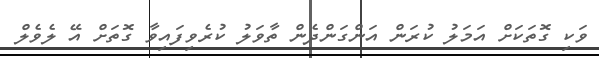
ވަކި ގޮތަކަށް އަމަލު ކުރަން އަންގަންދެން ތާވަލު ކުރެވިފައިވާ ގޮތަށް އޭ ލެވެލް